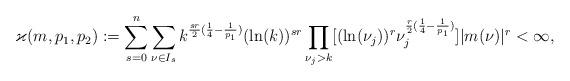
LaTeX: \begin{align*}\varkappa(m,p_1,p_2):=\sum_{s=0}^{n} \sum_{\nu\in {I}_s}k^{\frac{sr}{2}(\frac{1}{4}-\frac{1}{p_1})}(\ln (k))^{sr}\prod_{\nu_j>k}[(\ln(\nu_j))^r\nu_j^{\frac{r}{2}(\frac{1}{4}-\frac{1}{p_1})}]|m(\nu)|^r<\infty,\end{align*}